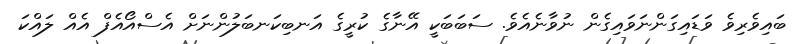
ބައިވެރިވެ ވަޑައިގަންނަވައިގެން ނުވާނެއެވެ. ސަބަބަކީ އޭނާގެ ކުރީގެ އަނބިކަނބަލުންނަށް އެސްއޯއެފް އެއް ލައްކަ